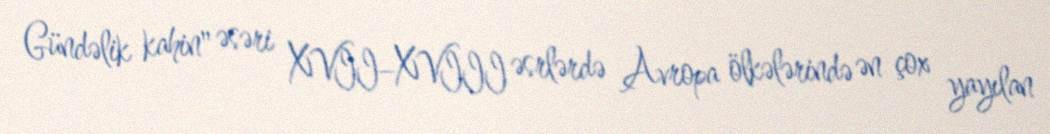
Gündəlik kahin" əsəri XVII–XVIII əsrlərdə Avropa ölkələrində ən çox yayılan